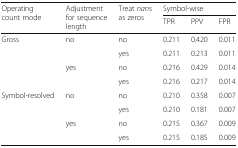
<table><thead><tr><td rowspan="2"><b>Operating count mode</b></td><td rowspan="2"><b>Adjustment for sequence length</b></td><td rowspan="2"><b>Treat <i>nan</i>s as zeros</b></td><td colspan="3"><b>Symbol-wise</b></td></tr><tr><td><b>TPR</b></td><td><b>PPV</b></td><td><b>FPR</b></td></tr></thead><tbody><tr><td rowspan="4">Gross</td><td rowspan="2">no</td><td>no</td><td>0.211</td><td>0.420</td><td>0.011</td></tr><tr><td>yes</td><td>0.211</td><td>0.213</td><td>0.011</td></tr><tr><td rowspan="2">yes</td><td>no</td><td>0.216</td><td>0.429</td><td>0.014</td></tr><tr><td>yes</td><td>0.216</td><td>0.217</td><td>0.014</td></tr><tr><td rowspan="4">Symbol-resolved</td><td rowspan="2">no</td><td>no</td><td>0.210</td><td>0.358</td><td>0.007</td></tr><tr><td>yes</td><td>0.210</td><td>0.181</td><td>0.007</td></tr><tr><td rowspan="2">yes</td><td>no</td><td>0.215</td><td>0.367</td><td>0.009</td></tr><tr><td>yes</td><td>0.215</td><td>0.185</td><td>0.009</td></tr></tbody></table>